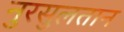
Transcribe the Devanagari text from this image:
नुरसुलतान